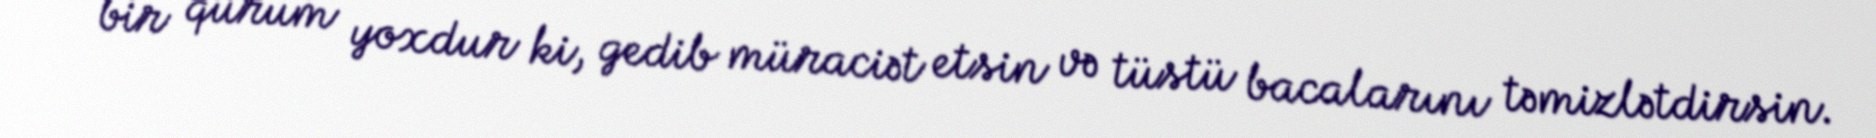
bir qurum yoxdur ki, gedib müraciət etsin və tüstü bacalarını təmizlətdirsin.